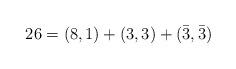
LaTeX: \begin{align*}26=(8,1) +(3,3)+(\bar{3}, \bar{3}) \end{align*}